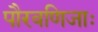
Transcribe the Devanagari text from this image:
पौरवणिजाः